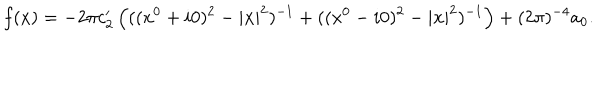
LaTeX: f ( x ) = - 2 \pi c _ { 2 } ^ { \prime } \left( ( ( x ^ { 0 } + i 0 ) ^ { 2 } - | { \bf x } | ^ { 2 } ) ^ { - 1 } + ( ( x ^ { 0 } - i 0 ) ^ { 2 } - | { \bf x } | ^ { 2 } ) ^ { - 1 } \right) + ( 2 \pi ) ^ { - 4 } a _ { 0 } .